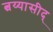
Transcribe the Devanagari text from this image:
त्वय्यासीद्